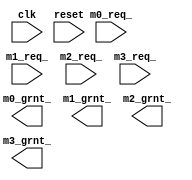
module bus_arbiter(
    /****************NbNZbg********************/
    input wire          clk,
    input wire          reset,
    /***************oX}X^*******************/
    input wire          m0_req_,
    output reg          m0_grnt_,
    
    input wire          m1_req_,
    output reg          m1_grnt_,
    
    input wire          m2_req_,
    output reg          m2_grnt_,
    
    input wire          m3_req_,
    output reg          m3_grnt_
                
    );
endmodule